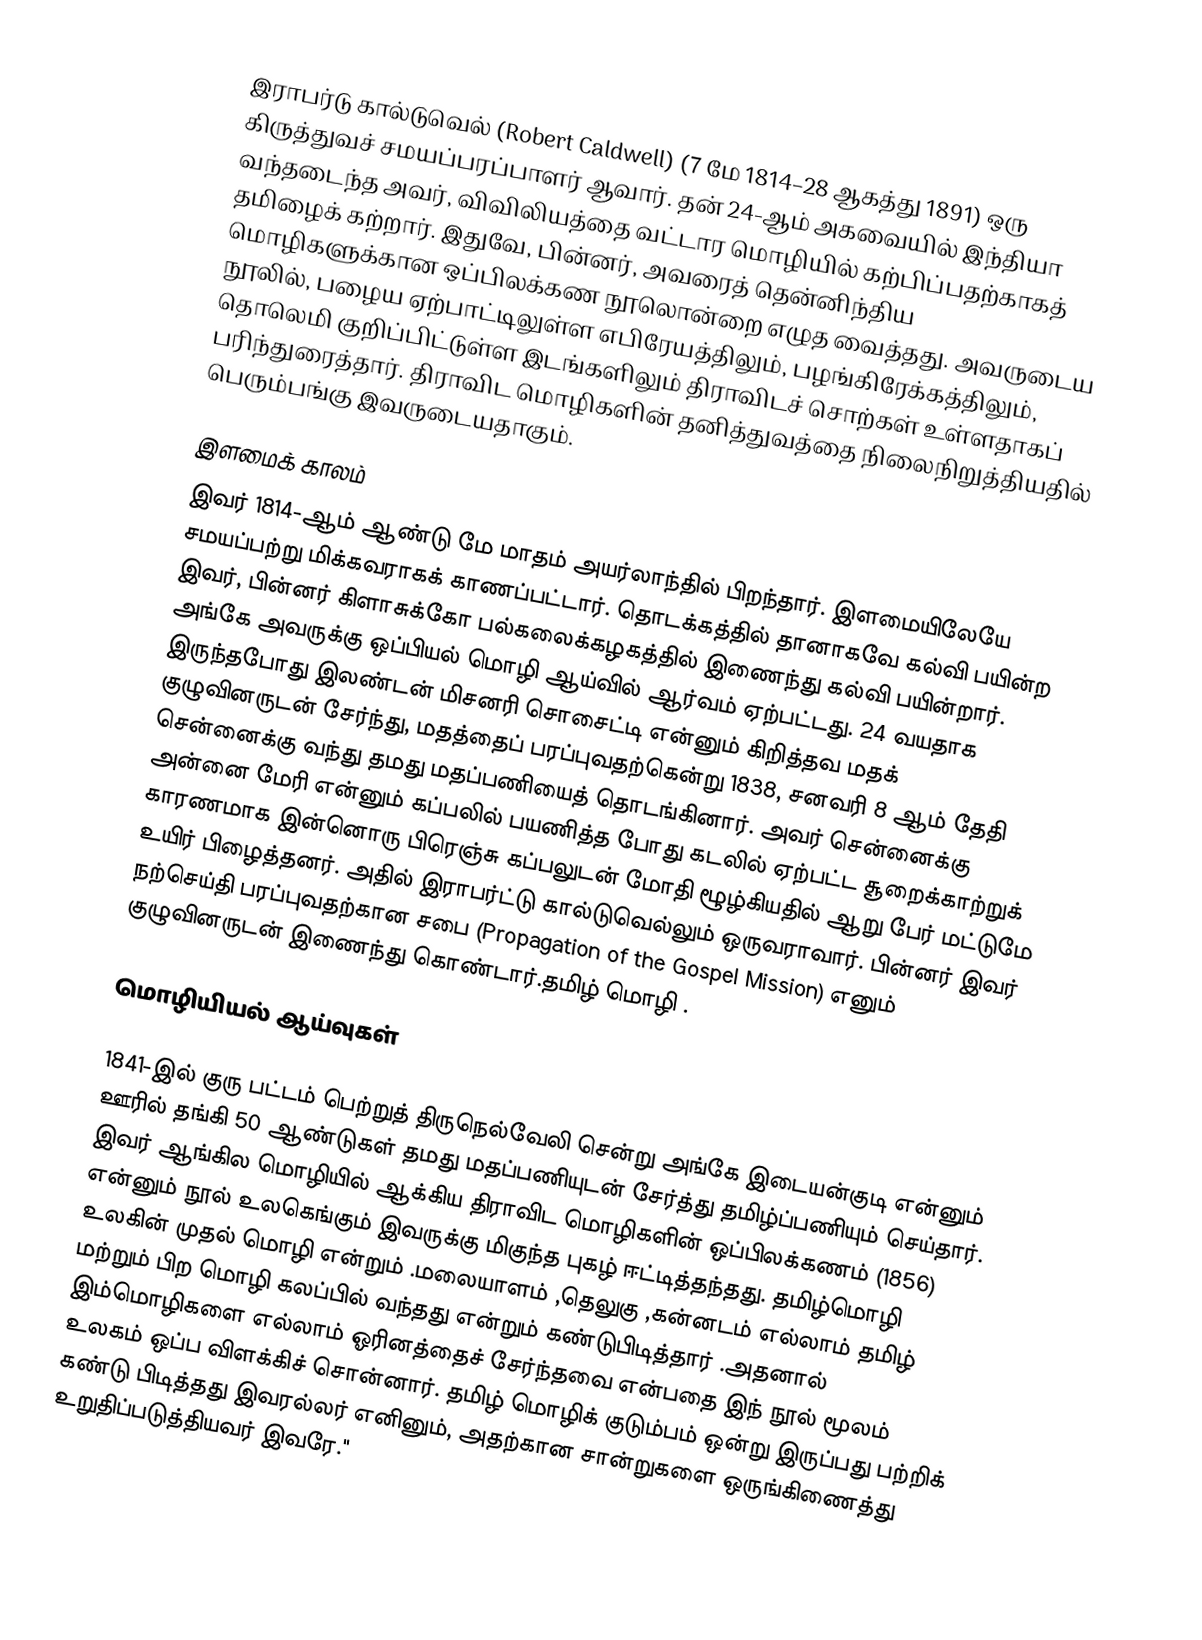
இராபர்டு கால்டுவெல் (Robert Caldwell) (7 மே 1814–28 ஆகத்து 1891) ஒரு கிருத்துவச் சமயப்பரப்பாளர் ஆவார். தன் 24-ஆம் அகவையில் இந்தியா வந்தடைந்த அவர், விவிலியத்தை வட்டார மொழியில் கற்பிப்பதற்காகத் தமிழைக் கற்றார். இதுவே, பின்னர், அவரைத் தென்னிந்திய மொழிகளுக்கான ஒப்பிலக்கண நூலொன்றை எழுத வைத்தது. அவருடைய நூலில், பழைய ஏற்பாட்டிலுள்ள எபிரேயத்திலும், பழங்கிரேக்கத்திலும், தொலெமி குறிப்பிட்டுள்ள இடங்களிலும் திராவிடச் சொற்கள் உள்ளதாகப் பரிந்துரைத்தார். திராவிட மொழிகளின் தனித்துவத்தை நிலைநிறுத்தியதில் பெரும்பங்கு இவருடையதாகும்.

இளமைக் காலம்
இவர் 1814-ஆம் ஆண்டு மே மாதம் அயர்லாந்தில் பிறந்தார். இளமையிலேயே சமயப்பற்று மிக்கவராகக் காணப்பட்டார். தொடக்கத்தில் தானாகவே கல்வி பயின்ற இவர், பின்னர் கிளாசுக்கோ பல்கலைக்கழகத்தில் இணைந்து கல்வி பயின்றார். அங்கே அவருக்கு ஒப்பியல் மொழி ஆய்வில் ஆர்வம் ஏற்பட்டது. 24 வயதாக இருந்தபோது இலண்டன் மிசனரி சொசைட்டி என்னும் கிறித்தவ மதக் குழுவினருடன் சேர்ந்து, மதத்தைப் பரப்புவதற்கென்று 1838, சனவரி 8 ஆம் தேதி சென்னைக்கு வந்து தமது மதப்பணியைத் தொடங்கினார். அவர் சென்னைக்கு அன்னை மேரி என்னும் கப்பலில் பயணித்த போது கடலில் ஏற்பட்ட சூறைக்காற்றுக் காரணமாக இன்னொரு பிரெஞ்சு கப்பலுடன் மோதி ழூழ்கியதில் ஆறு பேர் மட்டுமே உயிர் பிழைத்தனர். அதில் இராபர்ட்டு கால்டுவெல்லும் ஒருவராவார். பின்னர் இவர் நற்செய்தி பரப்புவதற்கான சபை (Propagation of the Gospel Mission) எனும் குழுவினருடன் இணைந்து கொண்டார்.தமிழ் மொழி .

மொழியியல் ஆய்வுகள்

1841-இல் குரு பட்டம் பெற்றுத்  திருநெல்வேலி சென்று அங்கே இடையன்குடி என்னும் ஊரில் தங்கி 50 ஆண்டுகள் தமது மதப்பணியுடன் சேர்த்து தமிழ்ப்பணியும் செய்தார். இவர் ஆங்கில மொழியில் ஆக்கிய திராவிட மொழிகளின் ஒப்பிலக்கணம் (1856) என்னும் நூல் உலகெங்கும் இவருக்கு மிகுந்த புகழ் ஈட்டித்தந்தது. தமிழ்மொழி   உலகின் முதல் மொழி என்றும் .மலையாளம் ,தெலுகு ,கன்னடம் எல்லாம் தமிழ் மற்றும் பிற மொழி கலப்பில் வந்தது என்றும் கண்டுபிடித்தார் .அதனால் இம்மொழிகளை  எல்லாம் ஓரினத்தைச் சேர்ந்தவை என்பதை இந் நூல் மூலம் உலகம் ஒப்ப விளக்கிச் சொன்னார். தமிழ் மொழிக் குடும்பம் ஒன்று இருப்பது பற்றிக் கண்டு பிடித்தது இவரல்லர் எனினும், அதற்கான சான்றுகளை ஒருங்கிணைத்து உறுதிப்படுத்தியவர் இவரே."